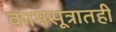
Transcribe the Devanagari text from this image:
कामसूत्रातही